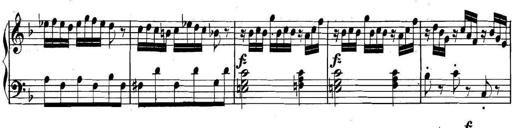
Title: Collected Piano Sonatas
Composer: Muzio Clementi